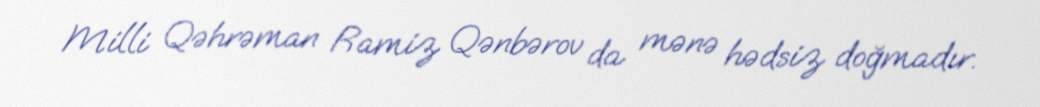
Milli Qəhrəman Ramiz Qənbərov da mənə hədsiz doğmadır.